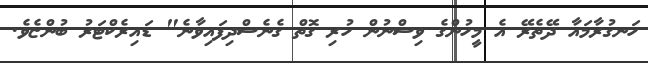
ހަނގުރާމައާ ދޭތެރޭ އެ މީހުންގެ ވިސްނުން ހުރި ގޮތް ގެނެސްދިފައިވާނެ" ޑައިރެކްޓަރު ބުންޏެވެ.